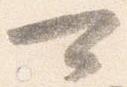
可